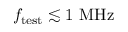
f _ { \mathrm { t e s t } } \lesssim 1 ~ \mathrm { M H z }